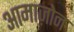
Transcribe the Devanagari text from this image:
आमाज़ोन